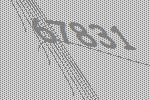
67831